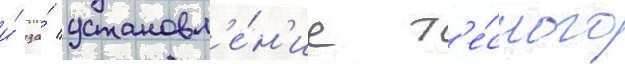
и́ за́ установл'е́н'ие т'е́сного